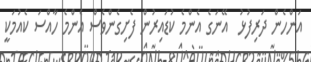
އަންހެން ދަރިފުޅު  އޭނަގެ އެންމެ ކުޑައިރުން ފެށިގެންވެސް އެންމެ ހާއްސަ ކެއުމަކީ